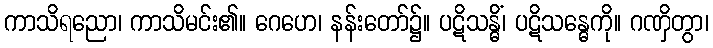
ကာသိရညော၊ ကာသိမင်း၏။ ဂေဟေ၊ နန်းတော်၌။ ပဋိသန္ဓိံ၊ ပဋိသန္ဓေကို။ ဂဏှိတွာ၊